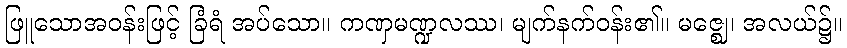
ဖြူသောအဝန်းဖြင့် ခြံရံ အပ်သော။ ကဏှမဏ္ဍလဿ၊ မျက်နက်ဝန်း၏။ မဇ္ဈေ၊ အလယ်၌။